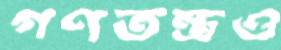
গণতন্ত্রও